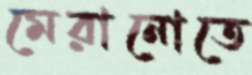
মেরানোতে